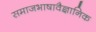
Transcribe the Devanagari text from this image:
समाजभाषावैज्ञानिक